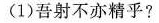
(1)吾射不亦精乎?